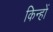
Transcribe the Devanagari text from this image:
किन्हों